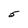
Character: 5